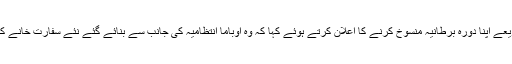
واضح رہے کہ امریکی صدر نے ٹوئٹ کے ذریعے اپنا دورہ برطانیہ منسوخ کرنے کا اعلان کرتے ہوئے کہا کہ وہ اوباما انتظامیہ کی جانب سے بنائے گئے نئے سفارت خانے کا افتتاح کرنے کے لیے برطانیہ نہیں جاسکتے ۔